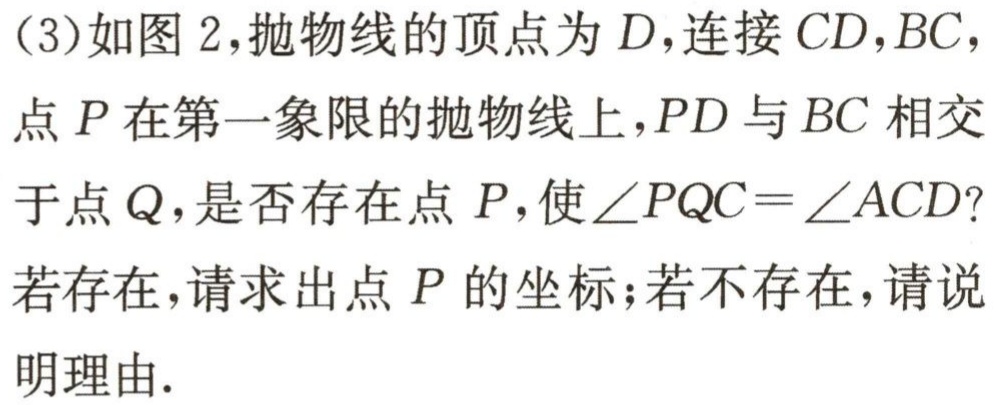
（3）如图 2，抛物线的顶点为 \(D\)，连接 \(CD,BC\)，点 \(P\)在第一象限的抛物线上，\(PD\)与 \(BC\)相交于点 \(Q\)，是否存在点 \(P\)，使 \(\angle PQC = \angle ACD\)？若存在，请求出点 \(P\)的坐标；若不存在，请说明理由.